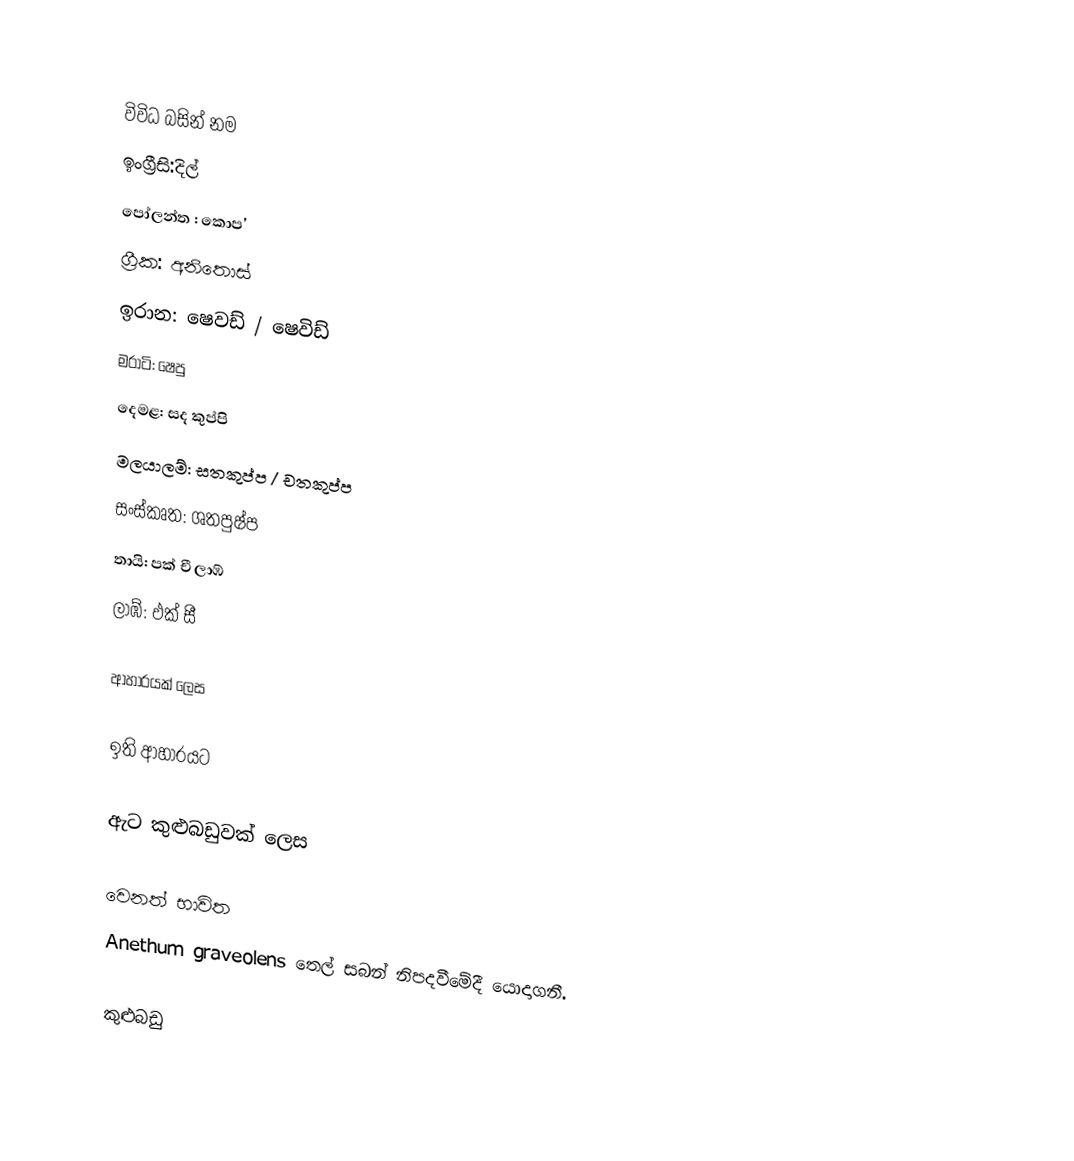

විවිධ බසින් නම
 ඉංග්‍රීසි:දිල්
 පෝලන්ත : කොප'
 ග්‍රීක: අනිතොස්
 ඉරාන: ෂෙවඩ් / ෂෙවිඩ්
 මරාටි: ෂෙපු
 දෙමළ: සද කුප්පි
 මලයාලම්: සතකුප්ප / චතකුප්ප
 සංස්කෘත: ශතපුෂ්ප
 තායි: පක් චී ලාඹ්
 ලාඹ්: ඵක් සී

ආහාරයක් ලෙස

ඉති ආහාරයට

ඇට කුළුබඩුවක් ලෙස

වෙනත් භාවිත
Anethum graveolens තෙල් සබන් නිපදවීමේදී යොදාගනී.

කුළුබඩු